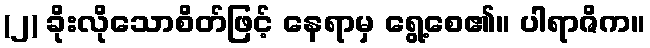
(၂) ခိုးလိုသောစိတ်ဖြင့် နေရာမှ ရွေ့စေ၏။ ပါရာဇိက။